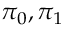
\pi _ { 0 } , \pi _ { 1 }